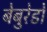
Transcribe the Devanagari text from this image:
बेबुरेडों